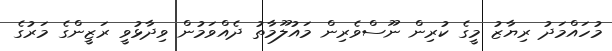
މުހައްމަދު ރިޔާޒު މީގެ ކުރިން ނޫސްވެރިން މައުލޫމާތު ދެއްވަމުން ވިދާޅުވީ ރަޒީންގެ މަރުގެ